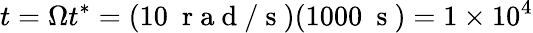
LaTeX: t=\Omega t^{*}=(10~\mathrm{~r~a~d~/~s~})(1000~\mathrm{~s~})=1\times 10^{4}